Bréfritari: Þórunn Pálsdóttir
Viðtakandi: Páll Pálsson
Dagsetning: A-1823-06-10
Skrifað á: Hallfreðarstöðum  N-Múl.
Páll var bróðir Þórunnar

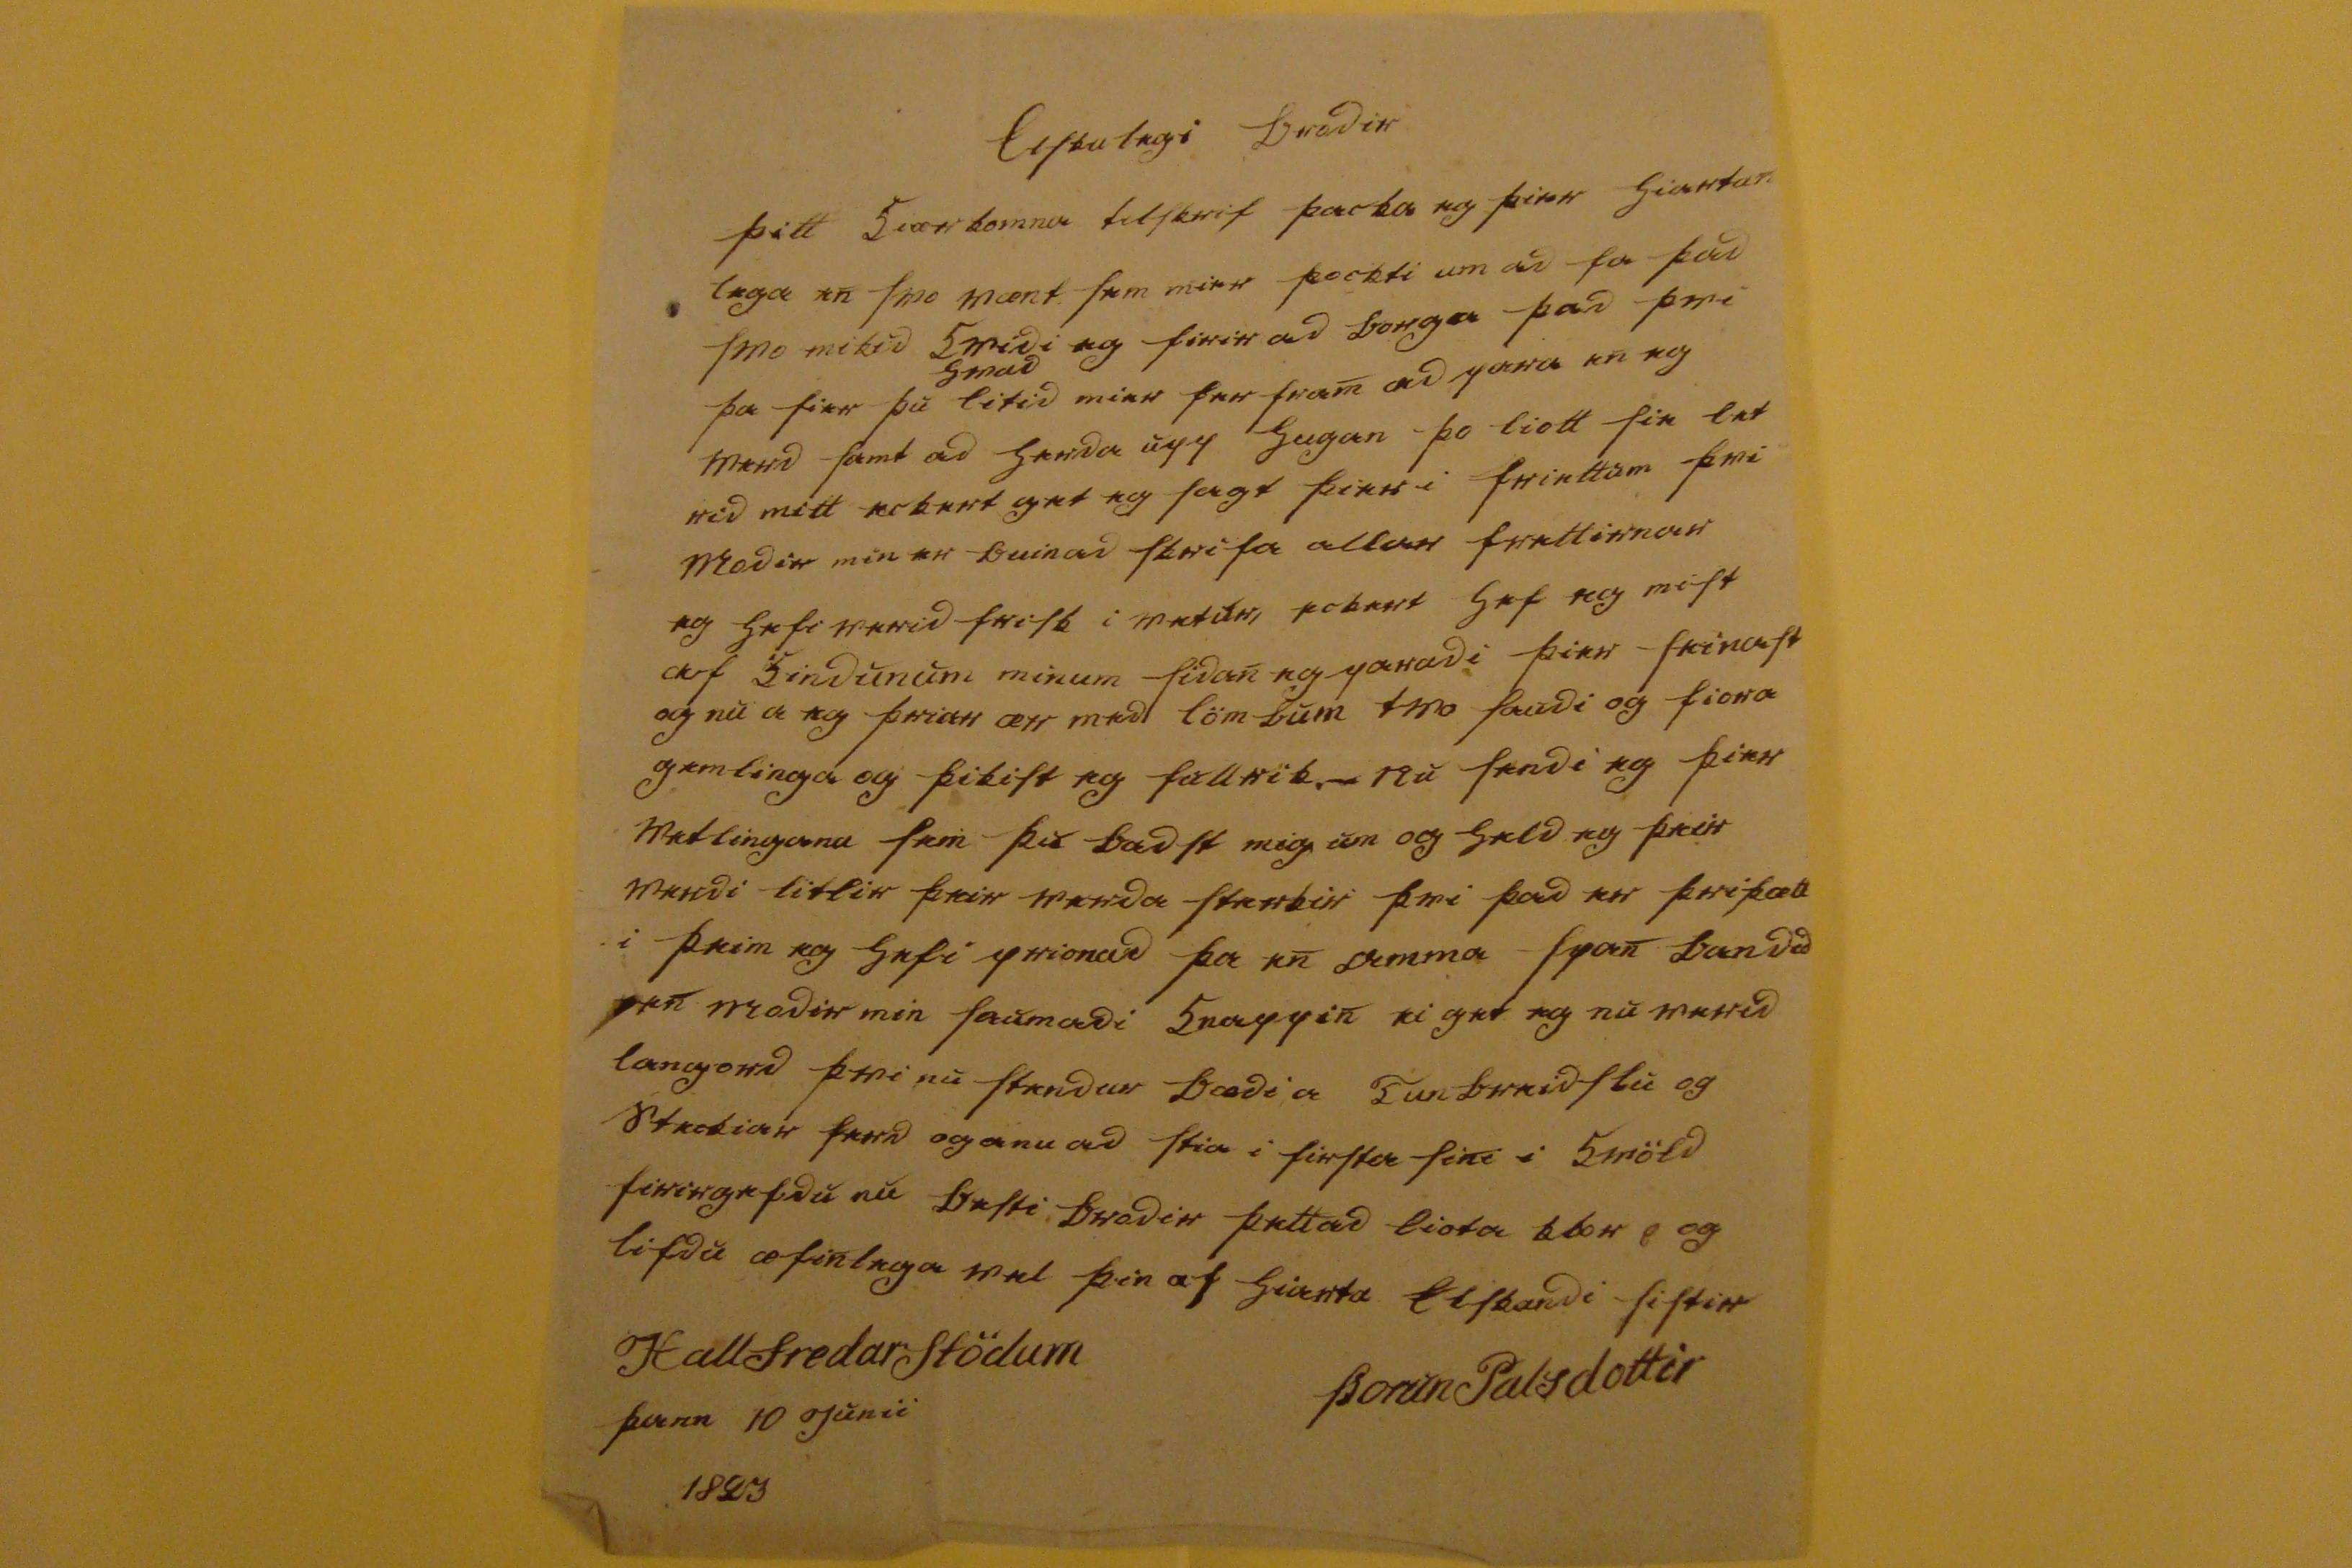

Elskulegi Brodir
þitt kiærkomna tilskrif þacka eg þier hiartan lega en svo vænt. sem mier þockti um ad fa þad svo mikid kvidi eg firir ad borga þad þvi þa sier þu
hvad
litid mier fer fram ad para en eg verd samt ad herda upp hugan þo liott sie let rid mitt eckert get eg sagt þier i friettum þvi Modir min er buin ad skrifa allar frettirnar eg hefi verid frisk i vetur eckert hef eg mist
af
kindunum minum sidan eg paradi þier seinast og nu a eg þriar ær med lömbum tvo saudi og fiora gemlinga og þikist eg fullrik. - Nu sendi eg þier vettlingana sem þu badst mig um og held eg þeir verdi litlir þeir verda sterkir þvi þad er þriþætt i þeim eg hefi prionad þa en amma span bandid
0
en modir min saumadi knappin ei get eg nu verid langord þvi nu stendur bædi a
kunbreidslu
og steckiar ferd og a nu ad stia i firsta sini i kvöld firirgefdu nu besti brodir þettad liota klor
0
og lifdu æfinlega vel þin af hiarta Elskandi sistir
Þorun Palsdottir
Hallfredarstödum þann 10 Junii 1823